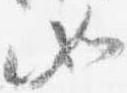
如